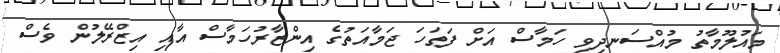
މައުލޫމާތު މުއްސަނދިވި ހަމާސް އަށް ފަތަހަ ޖަމާއަތުގެ އިންޒާރުހަމާސް އާއި އިޒްރޭލުން ވެސް